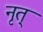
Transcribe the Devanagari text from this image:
नृत्